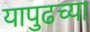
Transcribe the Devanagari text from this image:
यापुढच्या